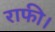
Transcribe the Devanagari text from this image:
राफी।